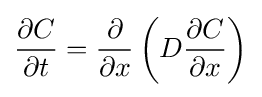
{\operatorname {\partial } \!C \over \operatorname {\partial } \!t}={{\operatorname {\partial } } \over {\operatorname {\partial } \!x}}\left(D{\operatorname {\partial } \!C \over \operatorname {\partial } \!x}\right)